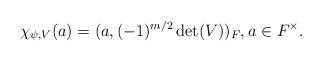
LaTeX: \begin{align*} \chi_{\psi,V}(a) = (a, (-1)^{m/2}\det(V))_F, a \in F^{\times}.\end{align*}